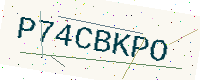
Text: P74CBKPO